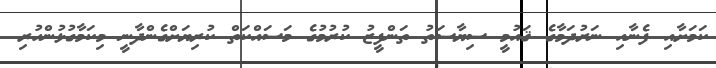
ކަމަށާއި ފެނާއި ނަރުދަމާގެ ޤައުމީ ސިޔާސަތު ތަންފީޒު ކުރުމުގެ މަސައްކަތް ކުރިޔަށްގެންދާނީ މިކަމާގުޅުންހުރި